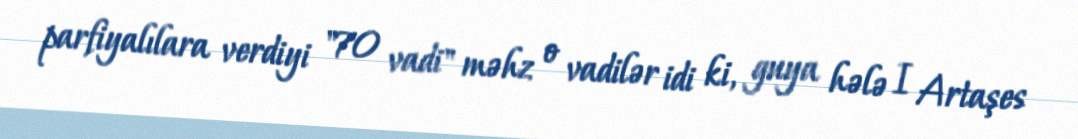
parfiyalılara verdiyi "70 vadi" məhz o vadilər idi ki, guya hələ I Artaşes